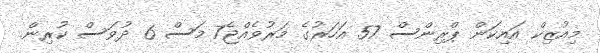
މިއުޒިކް އައިކަން ޕްރިންސް 57 އަހަރުގެ މަރުވެއްޖެ7 މަސް 6 ދުވަސް ކުރިން.